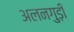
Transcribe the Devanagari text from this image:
अलनगुड़ी